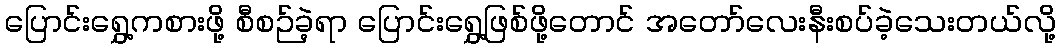
ပြောင်းရွှေ့ကစားဖို့ စီစဉ်ခဲ့ရာ ပြောင်းရွှေ့ဖြစ်ဖို့တောင် အတော်လေးနီးစပ်ခဲ့သေးတယ်လို့